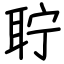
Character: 聍